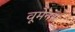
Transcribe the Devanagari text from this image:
वूमेनस